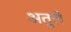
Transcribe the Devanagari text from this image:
अतुले